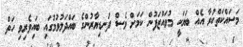
މަސައްކަތްކުރާ އެއް ބަޔަކީ މުވައްޒަފުން ކަމަށް ވެސް ފަނޑިޔާރުންގެ ބައްދަލުވުމުގައި ބައިވެރިވި ހަތް